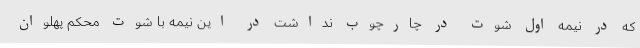
که در نیمه اول شوت در چارچوب نداشت در این نیمه با شوت محکم پهلوان